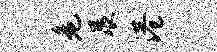
危展港